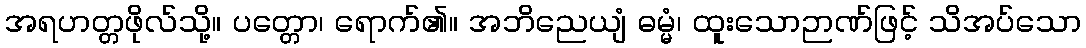
အရဟတ္တဖိုလ်သို့။ ပတ္တော၊ ရောက်၏။ အဘိညေယျံ ဓမ္မံ၊ ထူးသောဉာဏ်ဖြင့် သိအပ်သော